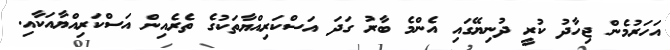
އަހަރުމެން ޖިހާދު ކުރީ ދުނިޔޭގައި އެންމެ ބާރު ގަދަ އަސްކަރިއްޔާތަކުގެ ތެރެއިން އަސްކަރިއްޔާއަކާއި.